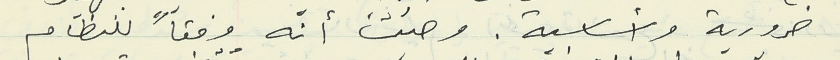
ضرورية وأساسية. وحيث أنّه وفقاً للنظام